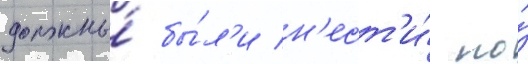
должны́ бы́л'и н'ест'и́ по́